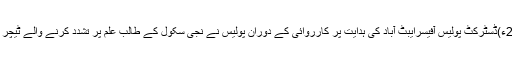
22 اکتوبر2017ء)ڈسٹرکٹ پولیس آفیسرایبٹ آباد کی ہدایت پر کارروائی کے دوران پولیس نے نجی سکول کے طالب علم پر تشدد کرنے والے ٹیچر کو گرفتار کرلیا۔